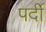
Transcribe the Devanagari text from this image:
पर्दी